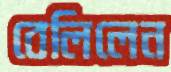
বেলিলেন